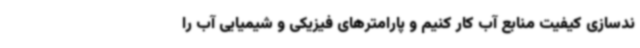
ندسازی کیفیت منابع آب کار کنیم و پارامترهای فیزیکی و شیمیایی آب را